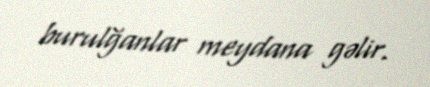
burulğanlar meydana gəlir.